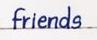
friends